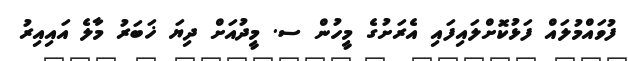
ފުވައްމުލައް ފަޅުކޮށްލައިފައި އެރަށުގެ މީހުން ސ. މީދުއަށް ދިޔަ ޚަބަރު މާލެ އައިއިރު